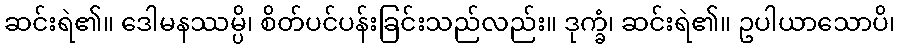
ဆင်းရဲ၏။ ဒေါမနဿမ္ပိ၊ စိတ်ပင်ပန်းခြင်းသည်လည်း။ ဒုက္ခံ၊ ဆင်းရဲ၏။ ဥပါယာသောပိ၊